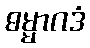
ဓမ္မာဂဒံ